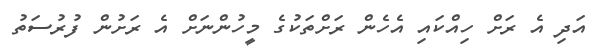
އަދި އެ ރަށް ހިއްކައި އެހެން ރަށްތަކުގެ މީހުންނަށް އެ ރަށުން ފުރުސަތު